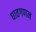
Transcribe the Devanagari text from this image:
घातगणन